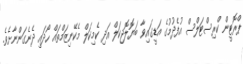
ޕްރޮޓީން ކްރިސްޓަލްސް އުފެދުމުގެ އަޑީގައިވާ ބަޔޮލޮޖިކަލް އަދި ކެމިކަލް މެކޭނިޒަމްތައް ހޯދައި ދެނެގަންނާށެވެ.